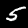
Label: 5